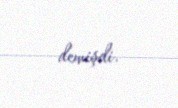
demişdi.